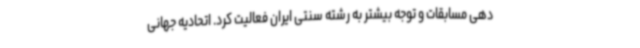
دهی مسابقات و توجه بیشتر به رشته سنتی ایران فعالیت کرد. اتحادیه جهانی